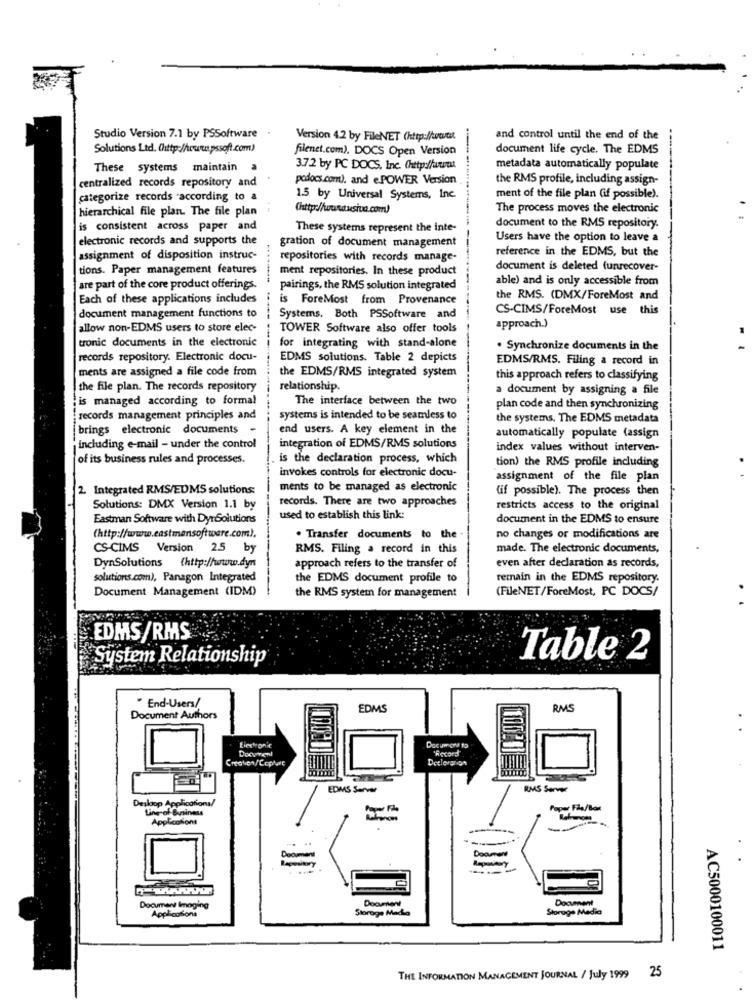
Studio Version 7.1 by PSSoftware
Version 4.2 by FileNET (http://www/c
-
and control until the end of the
Solutions Ltd. (http://www.pssoft.com)
filenet.com). DOCS Open Version
document life cycle. The EDMS
These systems maintain
a
3.7.2 by PC DOCS, Inc. (http://uno
metadata automatically populate
centralized records repository and
podocs.com), and e.POWER Version
the RMS profile, including assign-
categorize records according to a
1.5 by Universal Systems, Inc.
ment of the file plan (if possible).
hierarchical file plan. The file plan
(http://wanausiva.com)
The process moves the electronic
is consistent across paper and
These systems represent the inte-
document to the RMS repository.
electronic records and supports the
Users have the option to leave a
gration of document management
reference in the EDMS, but the
assignment of disposition instruc-
repositories with records manage-
tions. Paper management features
ment repositories. In these product
document is deleted funrecover-
able) and is only accessible from
are part of the core product offerings.
pairings, the RMS solution integrated
Each of these applications includes
is ForeMost from Provenance
the RMS. (DMX/ForeMost and
document management functions to
CS-CIMS/ForeMost use this
Systems. Both PSSoftware and
allow non-EDMS users to store elec-
TOWER Software also offer tools
approach.)
tronic documents in the electronic i for integrating with stand-alone
· Synchronize documents in the
records repository. Electronic docu-
EDMS solutions. Table 2 depicts
EDMS/RMS. Filing a record in
ments are assigned a file code from
the EDMS/RMS integrated system
this approach refers to classifying
the file plan. The records repository
relationship.
a document by assigning a file
is managed according to formal
The interface between the two
plan code and then synchronizing
records management principles and
systems is intended to be seamless to
the systems. The EDMS metadata
brings electronic documents -
end users. A key element in the
automatically populate (assign
including e-mail - under the control
integration of EDMS/RMS solutions
index values without interven-
of its business rules and processes.
is the declaration process, which
tion) the RMS profile including
invokes controls for electronic docu-
assignment of the file plan
2 Integrated RMS/EDMS solutions:
ments to be managed as electronic
(if possible). The process then
records. There are two approaches
Solutions: DMX Version 1.1 by
restricts access to the original
Eastman Software with DyrSolutions
used to establish this link:
document in the EDMS to ensure
(http://www.eastmansoftware.com).
. Transfer documents to the
no changes or modifications are
CS-CIMS Version 2.5 by
RMS. Filing a record in this
made. The electronic documents,
even after declaration as records,
DynSolutions (http://www.dyn
approach refers to the transfer of
solutions.com), Panagon Integrated
the EDMS document profile to
remain in the EDMS repository.
Document Management (IDM)
(FileNET/ForeMost, PC DOCS/
the RMS system for management
EDMS/RMS
System Relationship
Table 2
" End-Users/
EDMS
RMS
Document Authors
tiechronic
Document to
Createn/Capture
Deelergnon
EDMS Server
RMS Server
Desloop Applications/
Ling of Business
Popar Fãa/Box
Applications
Document
Document
Document Imaging
Applications
Storage Macka
Storage Media
AC5000100011
THE INFORMATION MANAGEMENT JOURNAL / July 1999 25